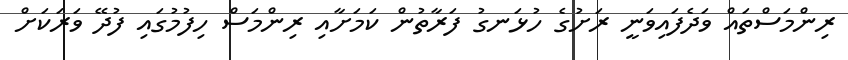
ރިންމަސްތައް ވަދެފައިވަނީ ރަށުގެ ހުޅަނގު ފަރާތުން ކަމަށާއި ރިންމަސް ހިފުމުގައި ފުދޭ ވަރަކަށް